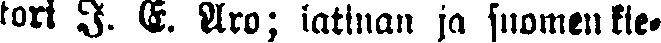
tori J. E. Aro; latinan ja suomen kie-